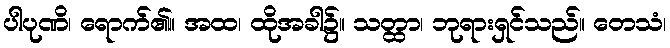
ပါပုဏိ၊ ရောက်၏။ အထ၊ ထိုအခါ၌။ သတ္ထာ၊ ဘုရားရှင်သည်။ တေသံ၊